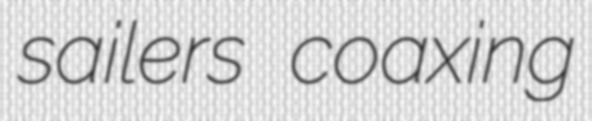
sailers coaxing